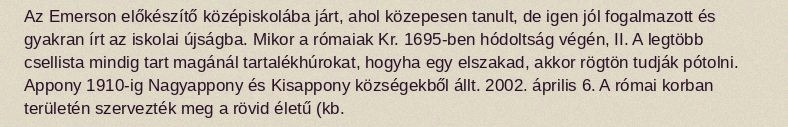
Az Emerson előkészítő középiskolába járt, ahol közepesen tanult, de igen jól fogalmazott és gyakran írt az iskolai újságba. Mikor a rómaiak Kr. 1695-ben hódoltság végén, II. A legtöbb csellista mindig tart magánál tartalékhúrokat, hogyha egy elszakad, akkor rögtön tudják pótolni. Appony 1910-ig Nagyappony és Kisappony községekből állt. 2002. április 6. A római korban területén szervezték meg a rövid életű (kb.